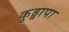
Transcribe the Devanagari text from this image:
कुड्डापा